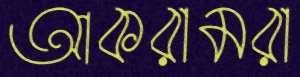
আকরামরা